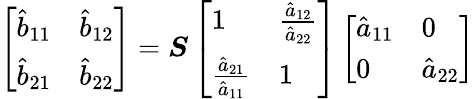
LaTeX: \left[\begin{array}{ll}{\hat{b}_{11}}&{\hat{b}_{12}}\\ {\hat{b}_{21}}&{\hat{b}_{22}}\end{array}\right]=\boldsymbol{S}\left[\begin{array}{ll}{1}&{\frac{\hat{a}_{12}}{\hat{a}_{22}}}\\ {\frac{\hat{a}_{21}}{\hat{a}_{11}}}&{1}\end{array}\right]\left[\begin{array}{ll}{\hat{a}_{11}}&{0}\\ {0}&{\hat{a}_{22}}\end{array}\right]